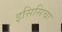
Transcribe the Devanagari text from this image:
इसिसिचा